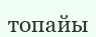
топайы